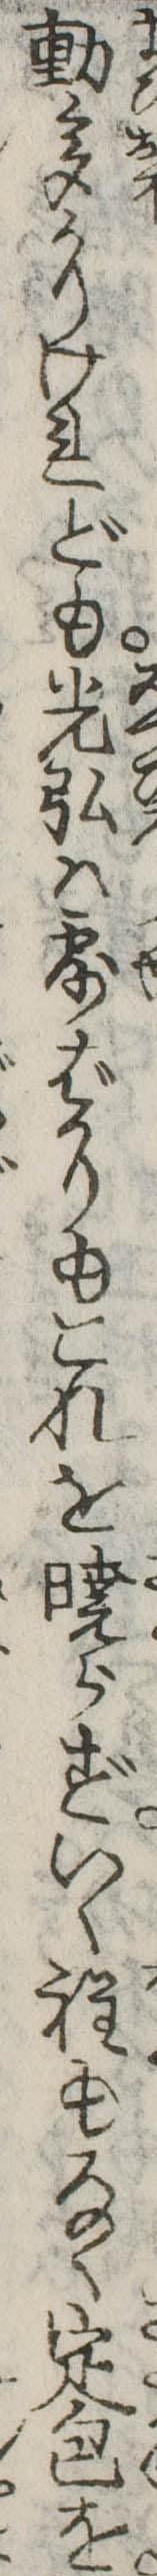
動多かりけれども光弘は露ばかりもこれを暁らずいく程もなく定包を